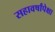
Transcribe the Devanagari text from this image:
सहावर्षांपेक्षा